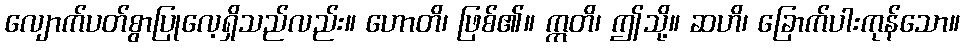
လျောက်ပတ်စွာပြုလေ့ရှိသည်လည်း။ ဟောတိ၊ ဖြစ်၏။ ဣတိ၊ ဤသို့။ ဆဟိ၊ ခြောက်ပါးကုန်သော။